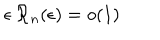
\epsilon \, { \mathcal R } _ { n } ( \epsilon ) = o ( 1 ) \;